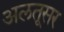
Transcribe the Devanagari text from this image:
अलतूसर